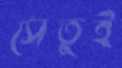
সেতুই